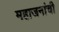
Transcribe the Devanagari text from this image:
महाजनांची